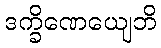
ဒက္ခိဏေယျေဘိ